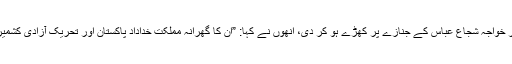
اسی بات کی گواہی کشمیر جہاد کونسل اور حزب المجاہدین کے سربراہ پیر سید صلاح الدین نے کمانڈر خواجہ شجاع عباس کے جنازے پر کھڑے ہو کر دی، انھوں نے کہا: ”ان کا گھرانہ مملکت خداداد پاکستان اور تحریک آزادی کشمیر سے محبت کرنے والا گھرانہ ہے، آج اس گھرانے کا ایک چشم و چراغ دنیا سے رخصت ہوگیا ہے۔